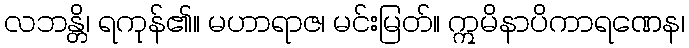
လဘန္တိ၊ ရကုန်၏။ မဟာရာဇ၊ မင်းမြတ်။ ဣမိနာပိကာရဏေန၊